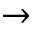
\rightarrow